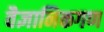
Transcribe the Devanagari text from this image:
वैज्ञानिकगण